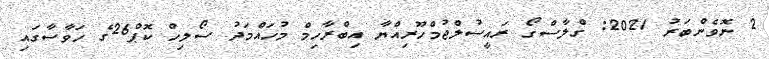
2 ނޮވެންބަރު 2021: ގްލާސްގޯ ރައީސުލްޖުމްހޫރިއްޔާ އިބްރާހިމް މުހައްމަދު ސޯލިހް ކޮޕް26ގެ ހަވާސާގައި